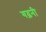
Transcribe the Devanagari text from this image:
गढ़नी